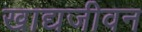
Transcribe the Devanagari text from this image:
खाद्यजीवन